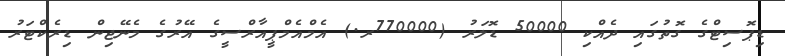
ޑިޕޮސިޓްގެ ގޮތުގައި ދެއްކި 50000 ޑޮލަރު (770000ރ.) އެމްއެމްޕީއާރްސީގެ އޭރުގެ މެނޭޖިން ޑިރެކްޓަރު